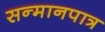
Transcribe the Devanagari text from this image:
सन्‍मानपात्र